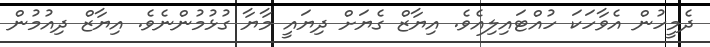
ދެމީހުން އެވާހަކަ ހުއްޓައިލިއެވެ. އިޔާޒް ގެޔަށް ދިޔައީ މާޔާ ގުޅުމުންނެވެ. އިޔާޒް ދިއުމުން